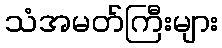
သံအမတ်ကြီးများ